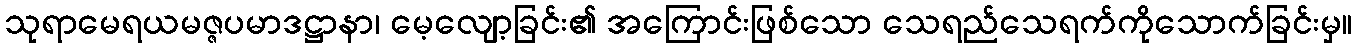
သုရာမေရယမဇ္ဇပမာဒဋ္ဌာနာ၊ မေ့လျော့ခြင်း၏ အကြောင်းဖြစ်သော သေရည်သေရက်ကိုသောက်ခြင်းမှ။